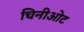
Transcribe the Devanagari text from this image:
चिनीओट